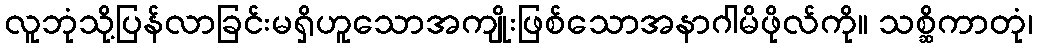
လူဘုံသို့ပြန်လာခြင်းမရှိဟူသောအကျိုးဖြစ်သောအနာဂါမိဖိုလ်ကို။ သစ္ဆိကာတုံ၊